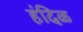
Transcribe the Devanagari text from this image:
हंदिळ